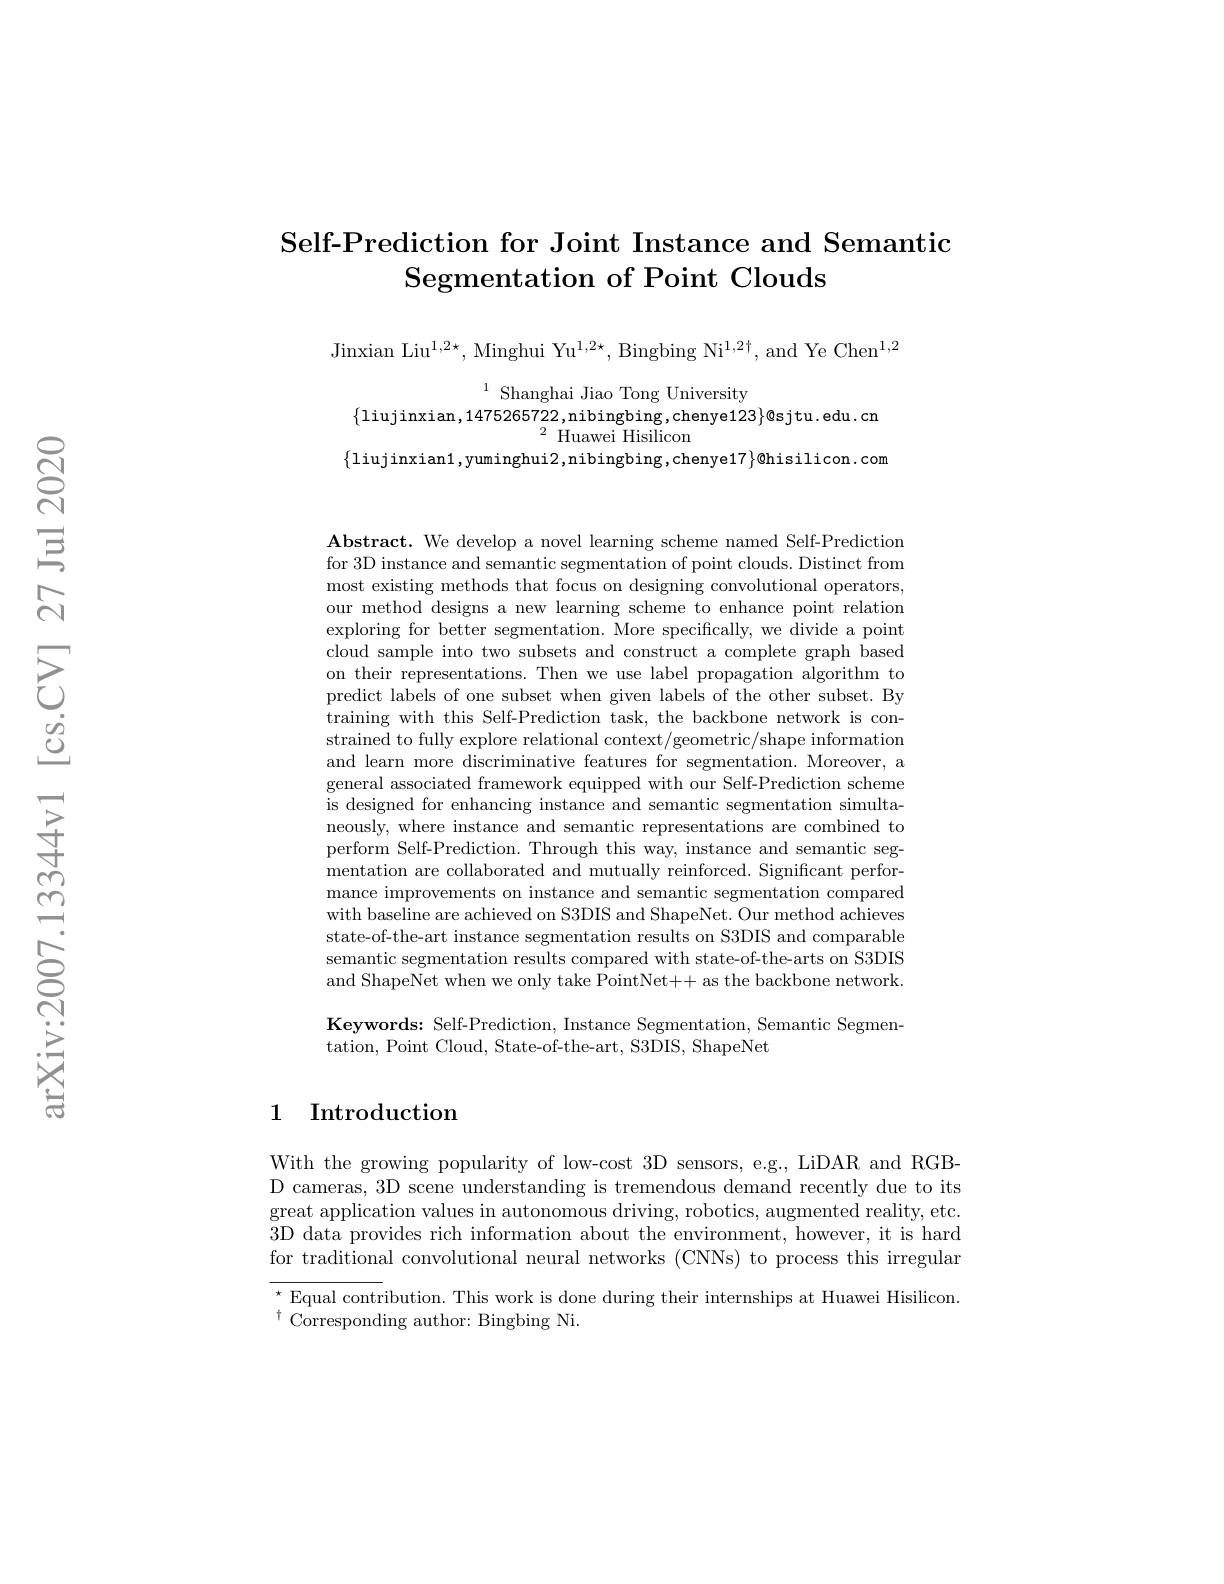
## Self-Prediction for Joint Instance and Semantic Segmentation of Point Clouds

Jinxian Liu$^1,2\star$, Minghui Yu$^1,2\star$, Bingbing Ni$^1,2\dagger$, and Ye Chen$^1,2$

$^{1}$ Shanghai Jiao Tong University
$\{$liujinxian,1475265722,nibingbing,chenye$123\}$@sjtu.edu.cn
$^{2}{\text{ Huawei Hisilicon}}$
$\{$liujinxian1,yuminghui2,nibingbing,chenye$17\}$@hisilicon.com

Abstract. We develop a novel learning scheme named Self-Prediction for 3D instance and semantic segmentation of point clouds. Distinct from most existing methods that focus on designing convolutional operators, our method designs a new learning scheme to enhance point relation exploring for better segmentation. More specifically, we divide a point cloud sample into two subsets and construct a complete graph based on their representations. Then we use label propagation algorithm to predict labels of one subset when given labels of the other subset. By training with this Self-Prediction task, the backbone network is constrained to fully explore relational context/geometric/shape information and learn more discriminative features for segmentation. Moreover, a general associated framework equipped with our Self-Prediction scheme is designed for enhancing instance and semantic segmentation simultaneously, where instance and semantic representations are combined to perform Self-Prediction. Through this way, instance and semantic segmentation are collaborated and mutually reinforced. Significant performance improvements on instance and semantic segmentation compared with baseline are achieved on S3DIS and ShapeNet. Our method achieves state-of-the-art instance segmentation results on S3DIS and comparable semantic segmentation results compared with state-of-the-arts on S3DIS and ShapeNet when we only take PointNet+ as the backbone network. Keywords: Self-Prediction, Instance Segmentation, Semantic Segmen-

tation, Point Cloud, State-of-the-art, S3DIS, ShapeNet

## 1 Introduction

With the growing popularity of low-cost 3D sensors, e.g., LiDAR and RGBD cameras, 3D scene understanding is tremendous demand recently due to its great application values in autonomous driving, robotics, augmented reality, etc. 3D data provides rich information about the environment, however, it is hard for traditional convolutional neural networks (CNNs) to process this irregular $^{\star}$ Equal contribution. This work is done during their internships at Huawei Hisilicon. $^{\dagger}$ Corresponding author: Bingbing Ni.